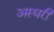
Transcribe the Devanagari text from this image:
अस्घरी